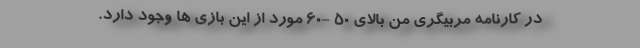
در کارنامه مربیگری من بالای 50 -60 مورد از این بازی ها وجود دارد.